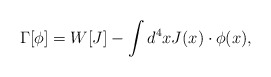
\begin{align*}\Gamma[\phi]=W[J]-\int d^4x J(x)\cdot\phi(x),\end{align*}